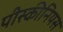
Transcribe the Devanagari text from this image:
पीस्कीनियस